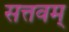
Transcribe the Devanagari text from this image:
सत्तवम्‌